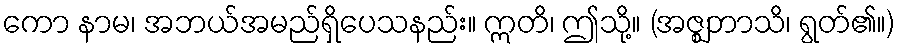
ကော နာမ၊ အဘယ်အမည်ရှိပေသနည်း။ ဣတိ၊ ဤသို့။ (အဇ္ဈဘာသိ၊ ရွတ်၏။)